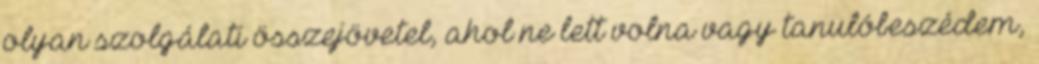
olyan szolgálati összejövetel, ahol ne lett volna vagy tanulóbeszédem,